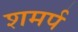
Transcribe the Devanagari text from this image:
शमर्प